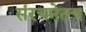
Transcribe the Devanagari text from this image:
संरचनेतच